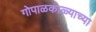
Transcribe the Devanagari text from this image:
गोपाळकाळ्याच्या